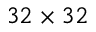
3 2 \times 3 2